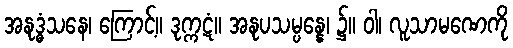
အနုဒ္ဓံသနေ၊ ကြောင့်။ ဒုက္ကဋံ။ အနုပသမ္ပန္နေ၊ ၌။ ဝါ၊ လူသာမဏေကို